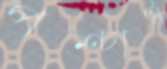
পশ্চার্ধ